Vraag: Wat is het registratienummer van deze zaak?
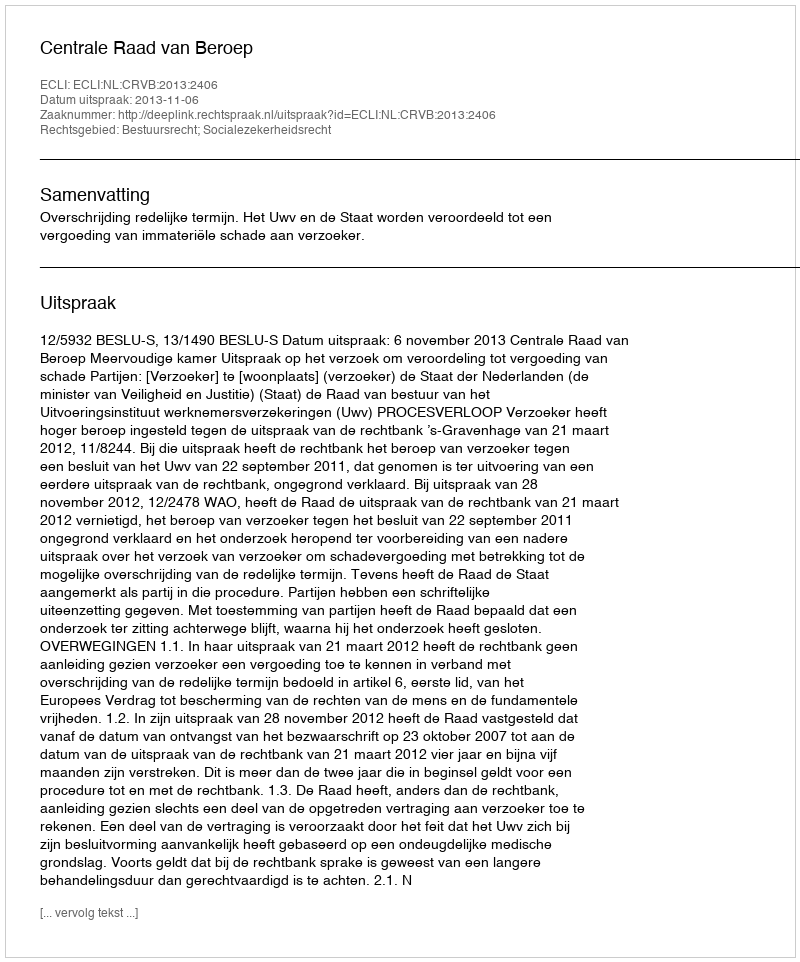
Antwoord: http://deeplink.rechtspraak.nl/uitspraak?id=ECLI:NL:CRVB:2013:2406